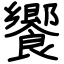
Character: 饗